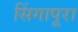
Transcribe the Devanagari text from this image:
सिंगापूरा